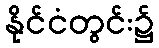
နိုင်ငံတွင်း၌